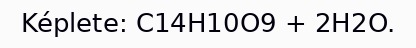
Képlete: C14H10O9 + 2H2O.